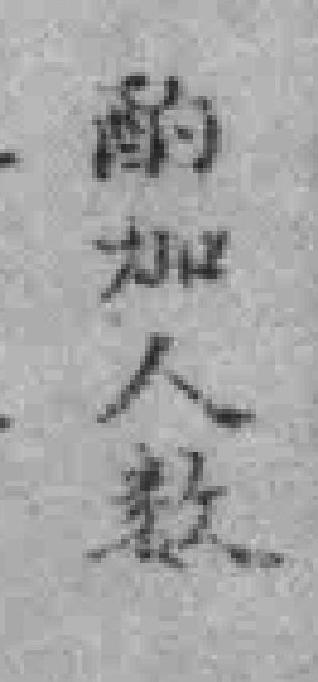
酌加人数